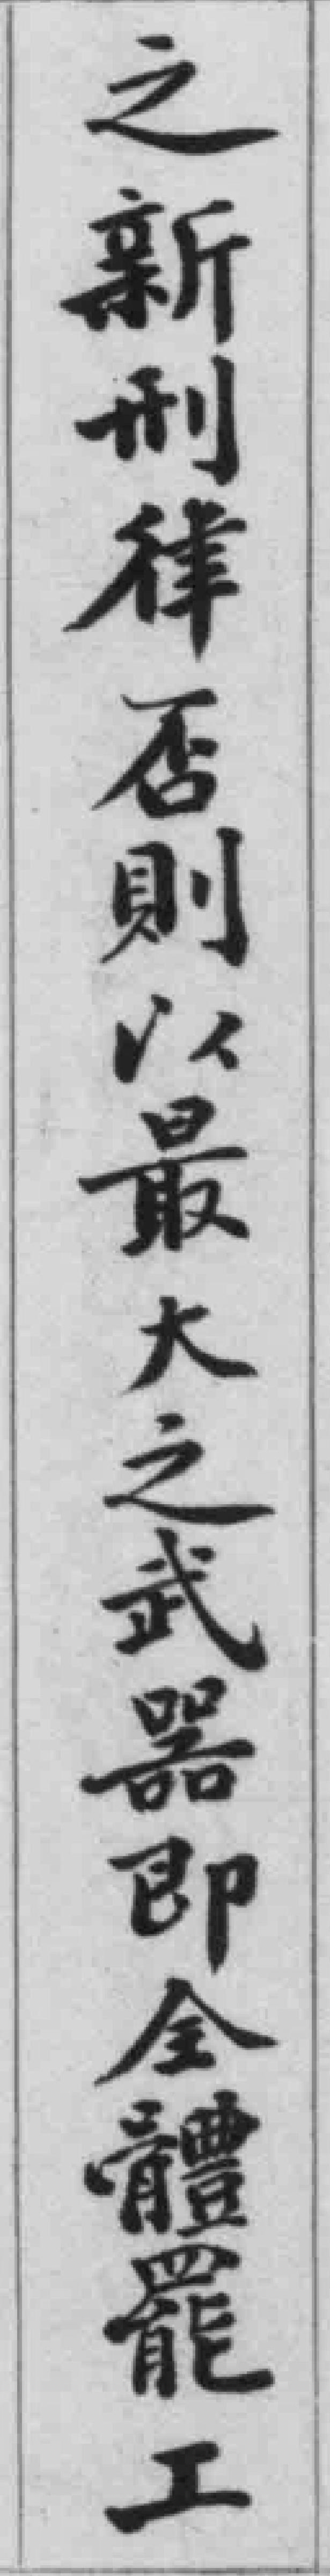
之新刑律否則以最大之武器即全體罷工